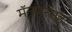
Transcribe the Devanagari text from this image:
मॅनजरसह